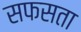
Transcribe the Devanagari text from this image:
सफसता